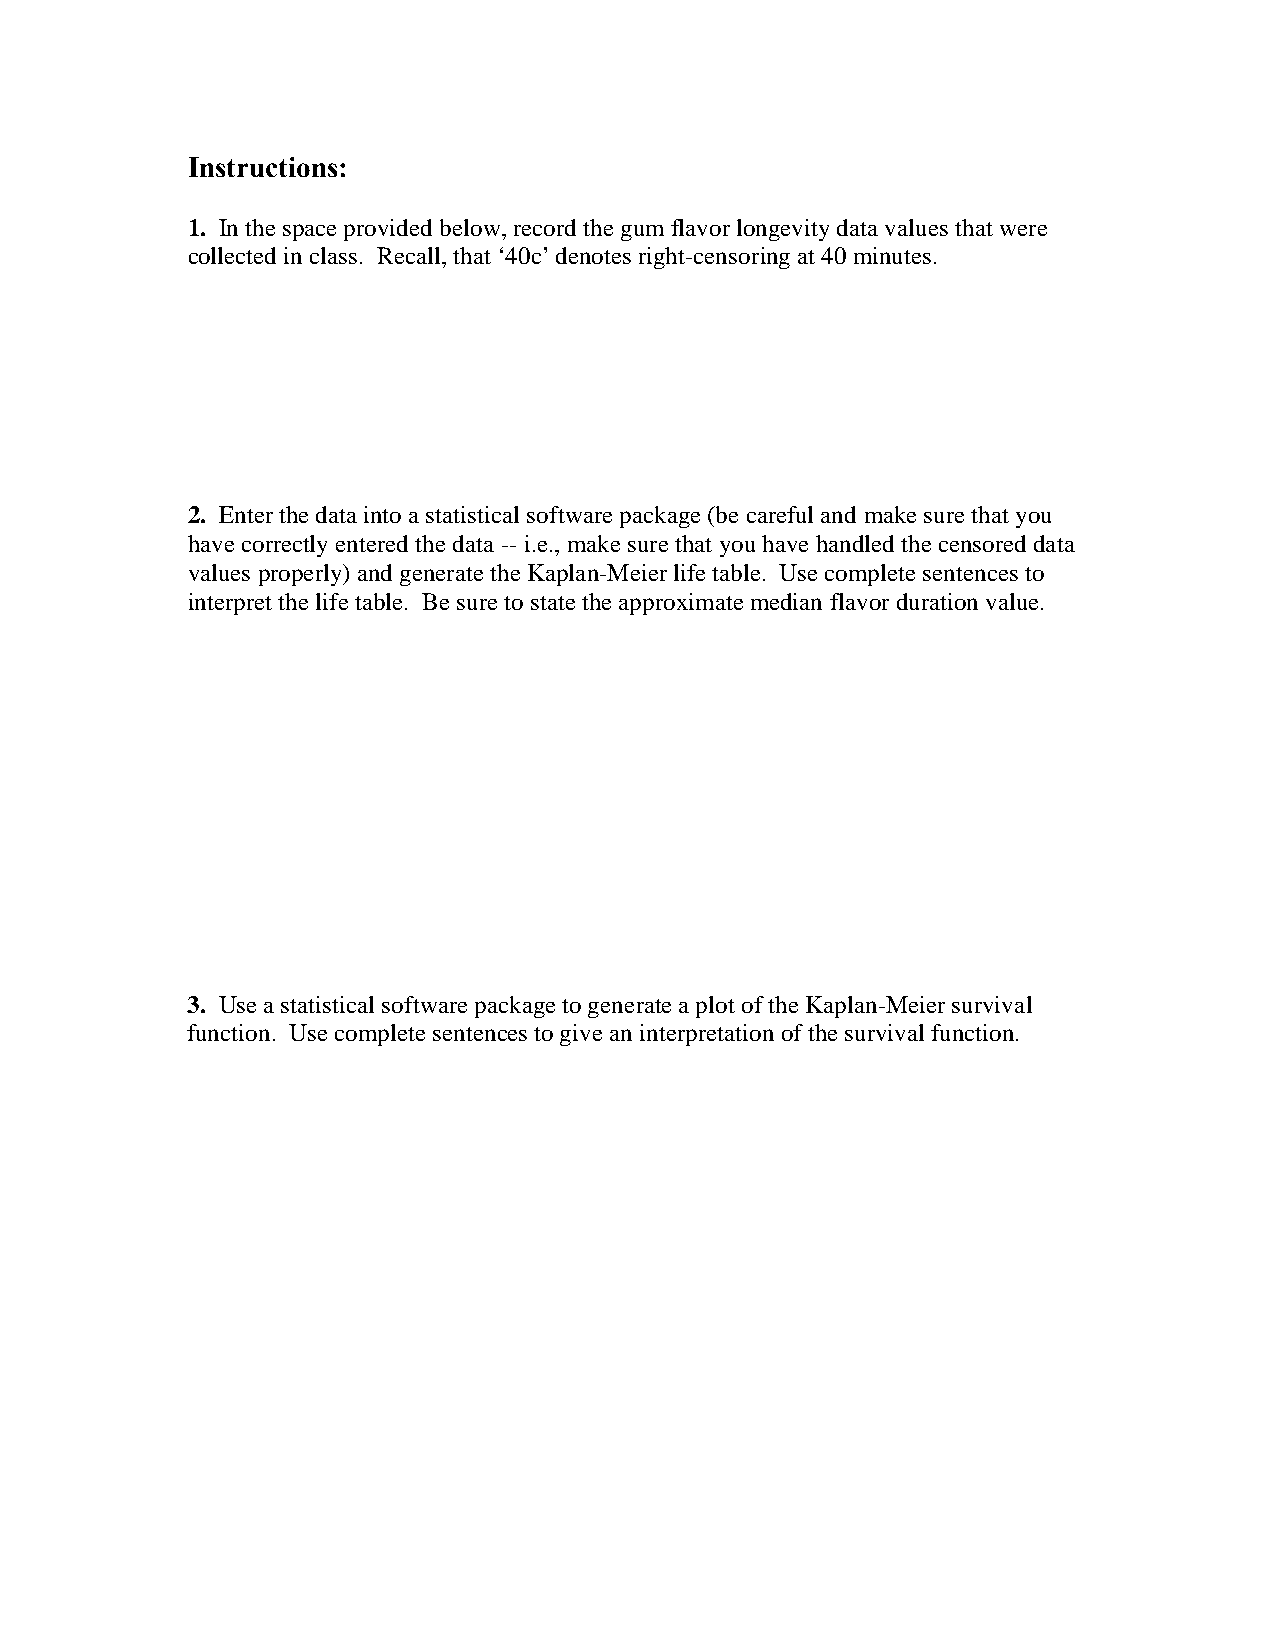
Instructions:
 1. In the space provided below, record the gum flavor longevity data values that were
 collected in class. Recall, that ‘40c’ denotes right-censoring at 40 minutes.
 2. Enter the data into a statistical software package (be careful and make sure that you
 have correctly entered the data -- i.e., make sure that you have handled the censored data
 values properly) and generate the Kaplan-Meier life table. Use complete sentences to
 interpret the life table. Be sure to state the approximate median flavor duration value.
 3. Use a statistical software package to generate a plot of the Kaplan-Meier survival
 function. Use complete sentences to give an interpretation of the survival function.